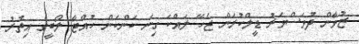
ޒުވާން ދުވަސްވަރު ޑީލްކުރަން ޖެހޭ ލައްކަ ގިނަ ކަންކަން ހުއްޓާ ލޯބީގެ އިތުރު